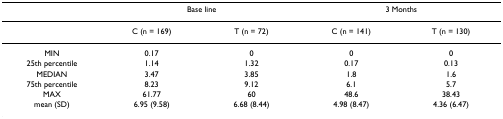
<table><thead><tr><td></td><td colspan="2"><b>Base line</b></td><td colspan="2"><b>3 Months</b></td></tr></thead><tbody><tr><td></td><td>C (n = 169)</td><td>T (n = 72)</td><td>C (n = 141)</td><td>T (n = 130)</td></tr><tr><td>MIN</td><td>0.17</td><td>0</td><td>0</td><td>0</td></tr><tr><td>25th percentile</td><td>1.14</td><td>1.32</td><td>0.17</td><td>0.13</td></tr><tr><td>MEDIAN</td><td>3.47</td><td>3.85</td><td>1.8</td><td>1.6</td></tr><tr><td>75th percentile</td><td>8.23</td><td>9.12</td><td>6.1</td><td>5.7</td></tr><tr><td>MAX</td><td>61.77</td><td>60</td><td>48.6</td><td>38.43</td></tr><tr><td>mean (SD)</td><td>6.95 (9.58)</td><td>6.68 (8.44)</td><td>4.98 (8.47)</td><td>4.36 (6.47)</td></tr></tbody></table>